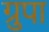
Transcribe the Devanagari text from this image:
ग्रुपा